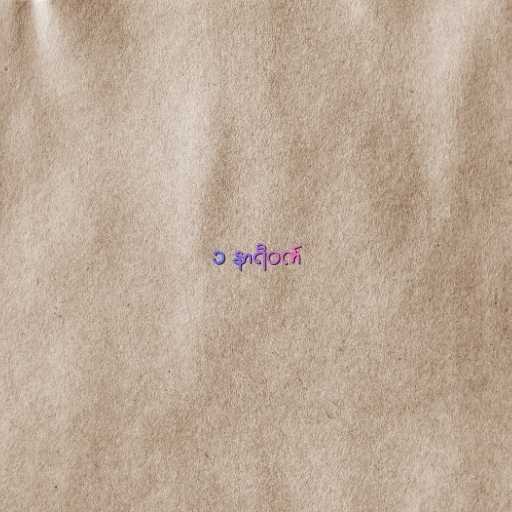
၁ နာရီဝက်